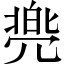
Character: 𱏫